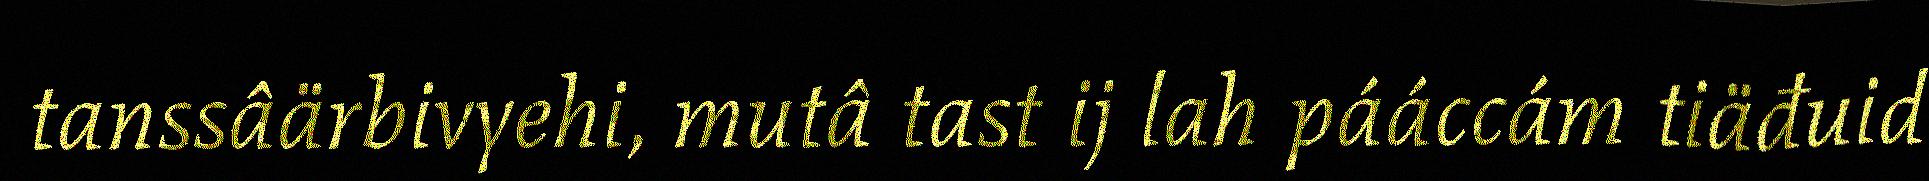
tanssâärbivyehi, mutâ tast ij lah pááccám tiäđuid